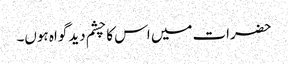
حضرات میں اس کا چشم دید گواہ ہوں۔